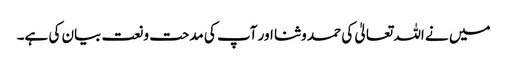
میں نے اللہ تعالیٰ کی حمد و ثنا اور آپ کی مدحت و نعت بیان کی ہے۔